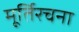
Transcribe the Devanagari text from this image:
मूर्तिरचना